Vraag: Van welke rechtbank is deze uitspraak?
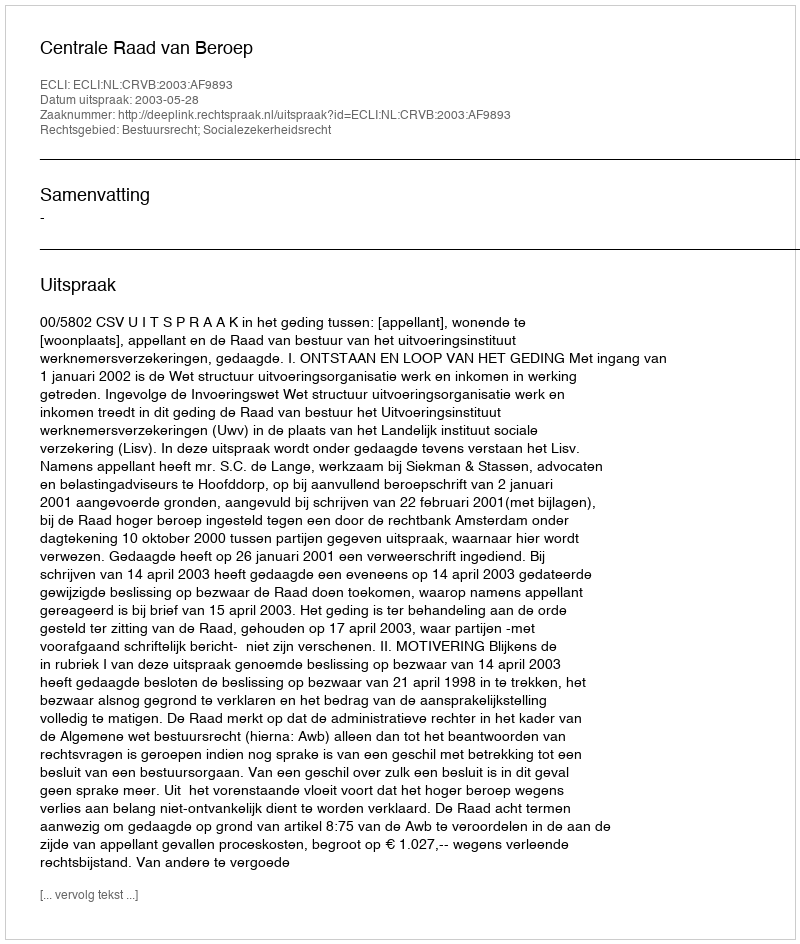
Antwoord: Centrale Raad van Beroep